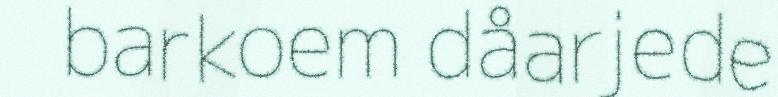
barkoem dåarjede